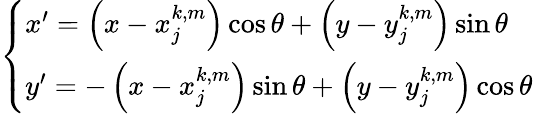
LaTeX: \left\{ \begin{array}{l}{{x^{\prime}=\left(x-x_{j}^{k,m}\right)\cos\theta+\left(y-y_{j}^{k,m}\right)\sin\theta}}\\ {{y^{\prime}=-\left(x-x_{j}^{k,m}\right)\sin\theta+\left(y-y_{j}^{k,m}\right)\cos\theta}}\end{array}\right.